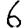
Digit: 6